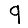
Digit: 9